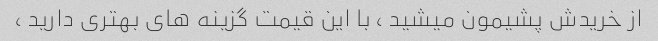
از خریدش پشیمون میشید ، با این قیمت گزینه های بهتری دارید ،